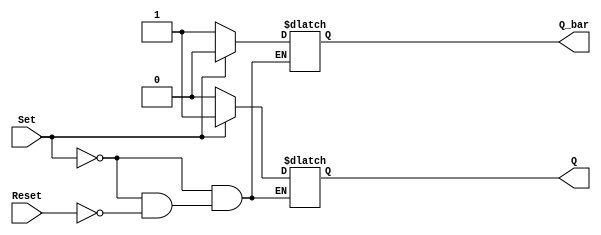
module sr_ff (
    input Set,
    input Reset,
    output reg Q,
    output reg Q_bar
);

always @* begin
    if (Set)
        begin
            Q = 1;
            Q_bar = 0;
        end
    else if (Reset)
        begin
            Q = 0;
            Q_bar = 1;
        end
end

endmodule